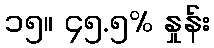
၁၅။ ၄၅.၅% နှုန်း